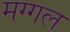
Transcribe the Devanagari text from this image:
मग्गल